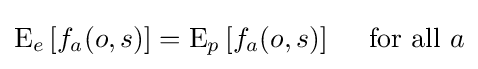
\operatorname {E} _{e}\left[f_{a}(o,s)\right]=\operatorname {E} _{p}\left[f_{a}(o,s)\right]\quad {\text{ for all }}a